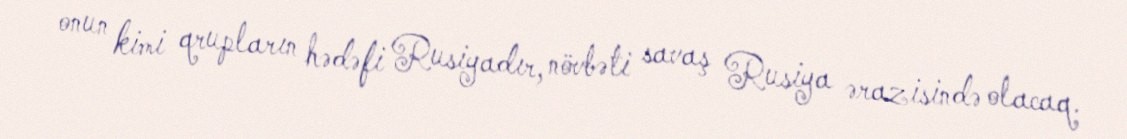
onun kimi qrupların hədəfi Rusiyadır, növbəti savaş Rusiya ərazisində olacaq.